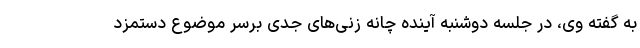
به گفته وی، در جلسه دوشنبه آینده چانه زنی‌های جدی برسر موضوع دستمزد